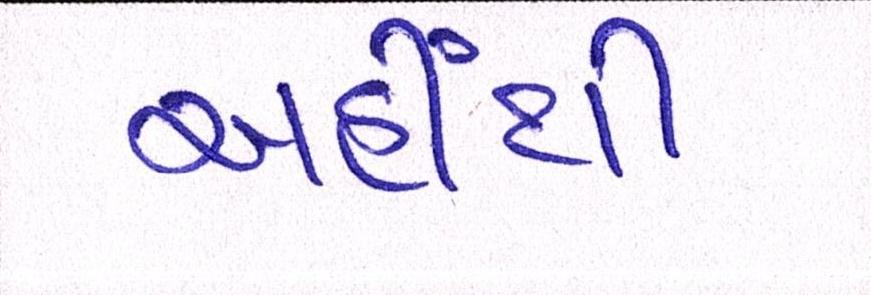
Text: અહીંથી